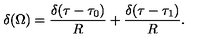
\delta ( \Omega ) = { \frac { \delta ( \tau - \tau _ { 0 } ) } { R } } + { \frac { \delta ( \tau - \tau _ { 1 } ) } { R } } .